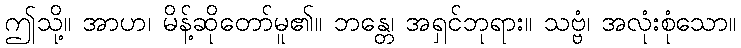
ဤသို့။ အာဟ၊ မိန့်ဆိုတော်မူ၏။ ဘန္တေ၊ အရှင်ဘုရား။ သဗ္ဗံ၊ အလုံးစုံသော။